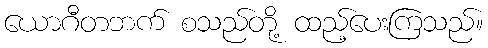
ယောဂီတဘက် စသည်တို့ ထည့်ပေးကြသည်။